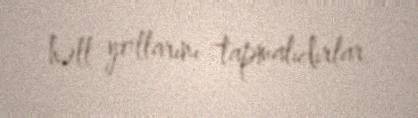
həll yollarını tapmalıdırlar.